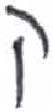
אות: ק